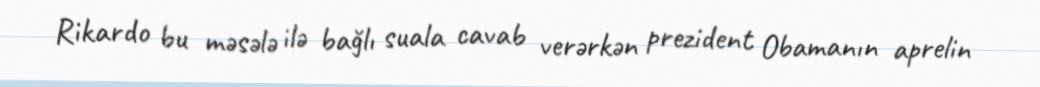
Rikardo bu məsələ ilə bağlı suala cavab verərkən prezident Obamanın aprelin